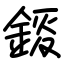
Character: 錽